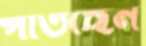
পাতছেন